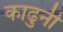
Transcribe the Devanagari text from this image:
काढुनी